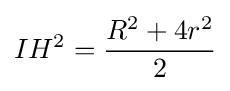
IH^{2}={\frac {R^{2}+4r^{2}}{2}}